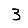
Digit: 3